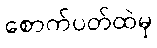
စောက်ပတ်ထဲမှ